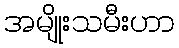
အမျိုးသမီးဟာ